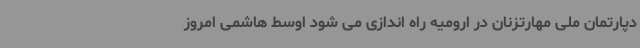
دپارتمان ملی مهارتزنان در ارومیه راه اندازی می شود اوسط هاشمی امروز